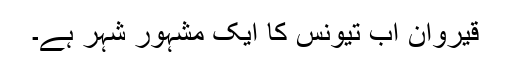
قیروان اب تیونس کا ایک مشہور شہر ہے۔